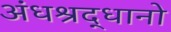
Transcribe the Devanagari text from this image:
अंधश्रद्धानो